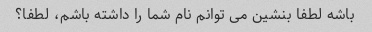
باشه لطفا بنشین می توانم نام شما را داشته باشم، لطفا؟